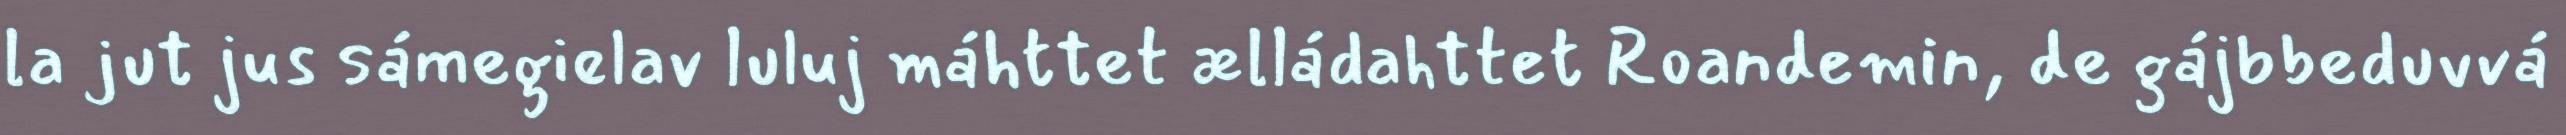
la jut jus sámegielav luluj máhttet ælládahttet Roandemin, de gájbbeduvvá